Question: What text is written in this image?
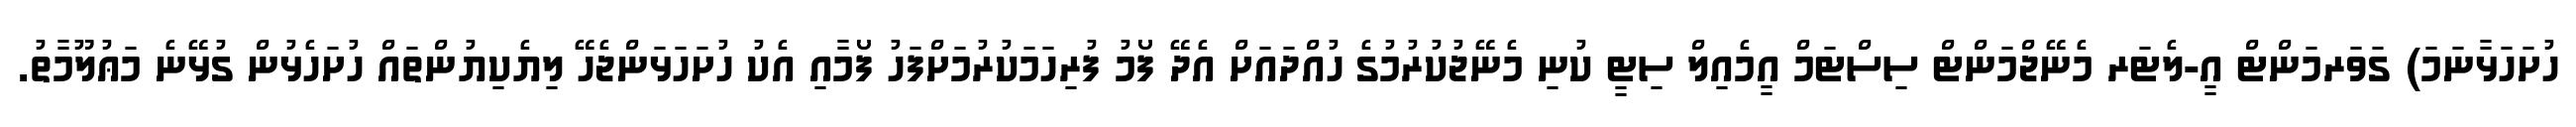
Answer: ހުށަހަޅާނަމަ) ގަވަރމަންޓް އީ-ލެޓަރ މެނޭޖްމަންޓް ސިސްޓަމް އީމެއިލް ސިޓީ ކުނި މެނޭޖުކުރުމުގެ ހުއްދައަށް އެދޭ ފޯމު ފުރިހަމަކުރުމަށްފަހު ފޯމާއި އެކު ހުށަހަޅަންޖެހޭ ލިޔެކިޔުންތައް ހުށަހެޅުން ގުޅޭނެ މަޢުލޫމާތު.